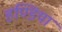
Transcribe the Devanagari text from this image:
हण्डिया